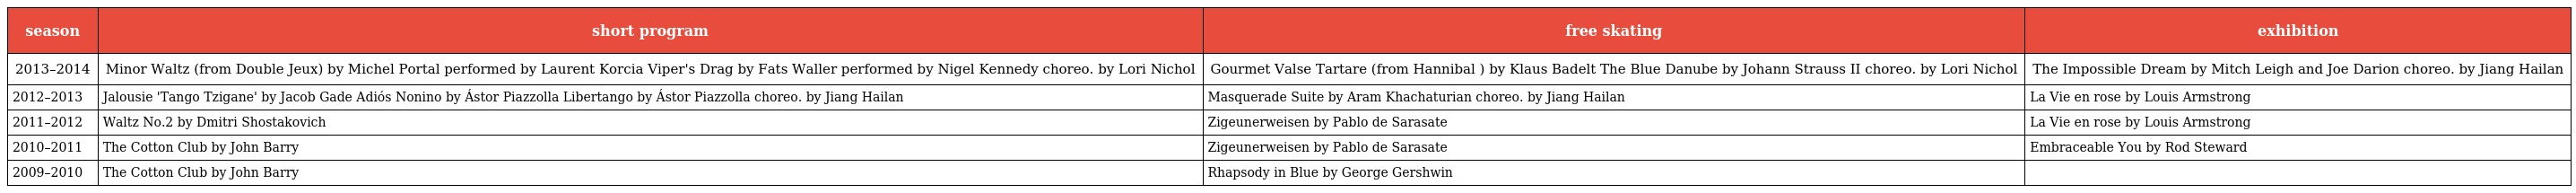
| season | short program | free skating | exhibition |
 | --- | --- | --- | --- |
 | 2013–2014 | Minor Waltz (from Double Jeux) by Michel Portal performed by Laurent Korcia Viper's Drag by Fats Waller performed by Nigel Kennedy choreo. by Lori Nichol | Gourmet Valse Tartare (from Hannibal ) by Klaus Badelt The Blue Danube by Johann Strauss II choreo. by Lori Nichol | The Impossible Dream by Mitch Leigh and Joe Darion choreo. by Jiang Hailan |
 | 2012–2013 | Jalousie 'Tango Tzigane' by Jacob Gade Adiós Nonino by Ástor Piazzolla Libertango by Ástor Piazzolla choreo. by Jiang Hailan | Masquerade Suite by Aram Khachaturian choreo. by Jiang Hailan | La Vie en rose by Louis Armstrong |
 | 2011–2012 | Waltz No.2 by Dmitri Shostakovich | Zigeunerweisen by Pablo de Sarasate | La Vie en rose by Louis Armstrong |
 | 2010–2011 | The Cotton Club by John Barry | Zigeunerweisen by Pablo de Sarasate | Embraceable You by Rod Steward |
 | 2009–2010 | The Cotton Club by John Barry | Rhapsody in Blue by George Gershwin |  |